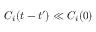
C _ { i } ( t - t ^ { \prime } ) \ll C _ { i } ( 0 )